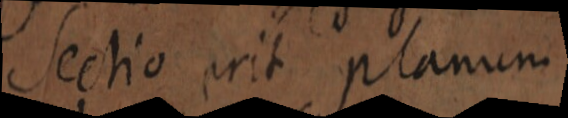
Sectio prit planum